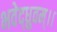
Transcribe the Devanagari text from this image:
भवेद्ध्रुवम्।।